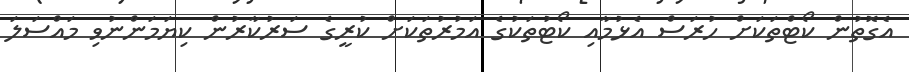
އެގޮތުން ކޯޓްތަކަށް ހުރަސް އެޅުމާއި ކޯޓުތަކުގެ އަމުރުތަކަށް ކުރީގެ ސަރުކާރުން ކިޔަމަންނުވި މައްސަލަ